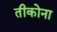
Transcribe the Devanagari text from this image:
तीकोना